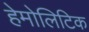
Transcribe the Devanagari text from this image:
हेमोलिटिक